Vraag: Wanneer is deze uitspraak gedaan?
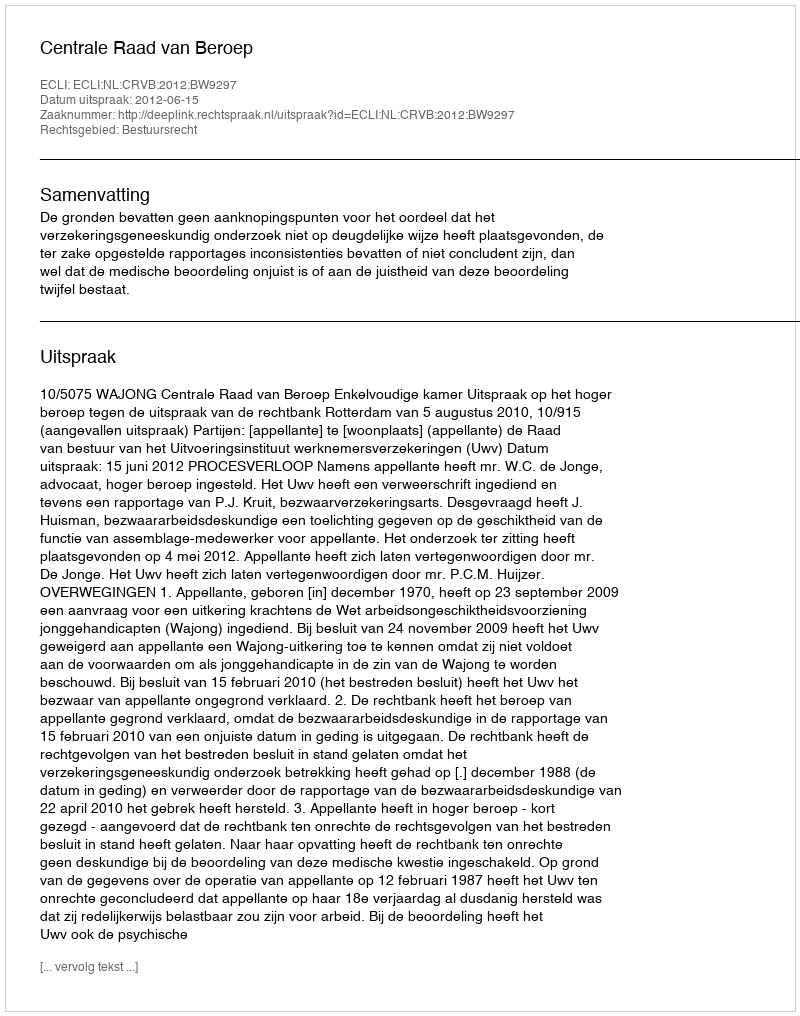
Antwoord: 2012-06-15